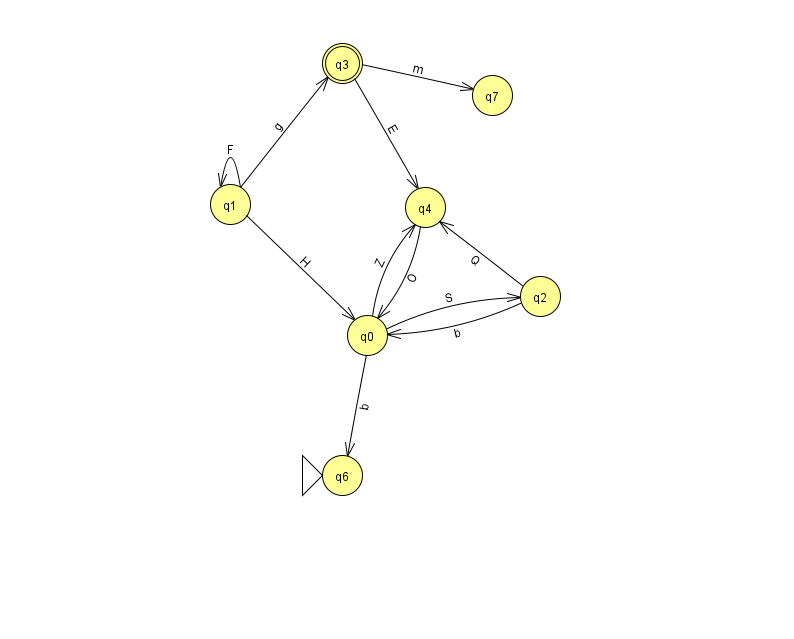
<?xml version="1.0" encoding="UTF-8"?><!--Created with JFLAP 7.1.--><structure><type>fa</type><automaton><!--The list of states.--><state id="0" name="q0"><x>367.0</x><y>322.0</y></state><state id="1" name="q1"><x>230.0</x><y>191.0</y></state><state id="2" name="q2"><x>540.0</x><y>283.0</y></state><state id="3" name="q3"><x>342.0</x><y>50.0</y><final/></state><state id="4" name="q4"><x>425.0</x><y>194.0</y></state><state id="6" name="q6"><x>342.0</x><y>462.0</y><initial/></state><state id="7" name="q7"><x>492.0</x><y>82.0</y></state><!--The list of transitions.--><transition><from>0</from><to>4</to><read>Z</read></transition><transition><from>0</from><to>6</to><read>b</read></transition><transition><from>2</from><to>4</to><read>Q</read></transition><transition><from>4</from><to>0</to><read>O</read></transition><transition><from>1</from><to>1</to><read>F</read></transition><transition><from>3</from><to>7</to><read>m</read></transition><transition><from>1</from><to>3</to><read>g</read></transition><transition><from>1</from><to>0</to><read>H</read></transition><transition><from>0</from><to>2</to><read>S</read></transition><transition><from>2</from><to>0</to><read>b</read></transition><transition><from>3</from><to>4</to><read>E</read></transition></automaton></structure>